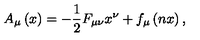
A _ { \mu } \left( x \right) = - \frac 1 2 F _ { \mu \nu } x ^ { \nu } + f _ { \mu } \left( n x \right) ,